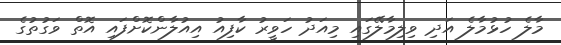
މާލެ ހުޅުމާލެ އަދި ވިލިމާލޭގައި މިއަދު ހަވީރު ކާފިއު އިއުލާންކޮށްފައި އޮތް ވަގުތުގެ